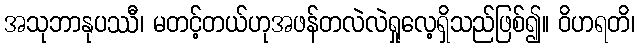
အသုဘာနုပဿီ၊ မတင့်တယ်ဟုအဖန်တလဲလဲရှုလေ့ရှိသည်ဖြစ်၍။ ဝိဟရတိ၊